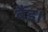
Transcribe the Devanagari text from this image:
बैंड।